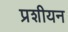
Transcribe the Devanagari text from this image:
प्रशीयन